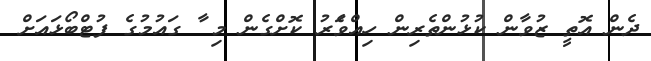
ދެން އޮތީ ޒުވާން ކުޅުންތެރިން ހިއްވަެރު ކޮށްގެން މި ާ ގައުމުގެ ފުޓްބޯޅައަށް